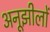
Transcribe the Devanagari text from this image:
अनूझीलों